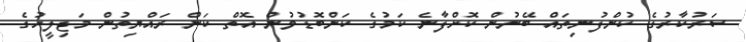
ސަރުކާރުގެ ކުންފުނިތައް ބޭނުން ކޮށްފާނެ ކަމުގެ ކަންބޮޑުވުން އޮތް ކަން ރައްޔިތުން މަޖިލީހުގެ